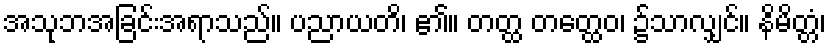
အသုဘအခြင်းအရာသည်။ ပညာယတိ၊ ၏။ တတ္ထ တတ္ထေဝ၊ ၌သာလျှင်။ နိမိတ္တံ၊